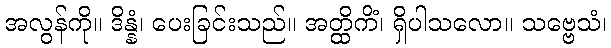
အလွန်ကို။ ဒိန္နံ၊ ပေးခြင်းသည်။ အတ္ထိကိံ၊ ရှိပါသလော။ သဗ္ဗေသံ၊